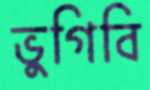
ভুগিবি